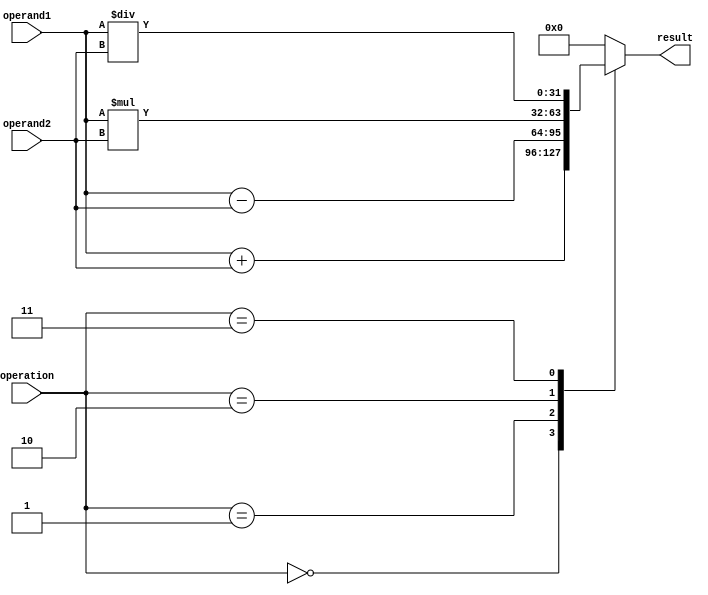
module fixed_point_floating_point_unit (
  input wire [31:0] operand1,
  input wire [31:0] operand2,
  input wire [2:0] operation,
  output reg [31:0] result
);

always @(*) begin
  case(operation)
    3'b000 : begin // addition
      result = operand1 + operand2;
    end
    3'b001 : begin // subtraction
      result = operand1 - operand2;
    end
    3'b010 : begin // multiplication
      result = operand1 * operand2;
    end
    3'b011 : begin // division
      result = operand1 / operand2;
    end
    default : begin
      result = 32'd0; // default to 0
    end
  endcase
end

endmodule